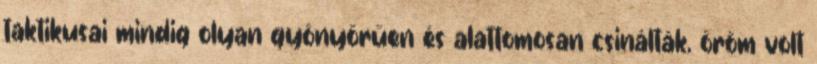
taktikusai mindig olyan gyönyörűen és alattomosan csinálták, öröm volt